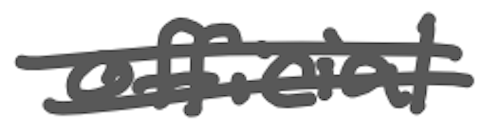
Text: official
Cross-out: mix
Writing tool: digital_gray